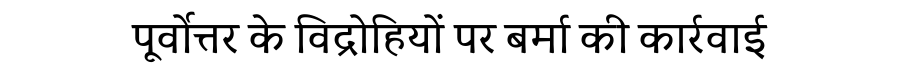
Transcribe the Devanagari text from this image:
पूर्वोत्तर के विद्रोहियों पर बर्मा की कार्रवाई